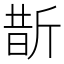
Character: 斮